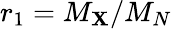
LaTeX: r_{1}=M_{\mathbf{X}}/M_{N}